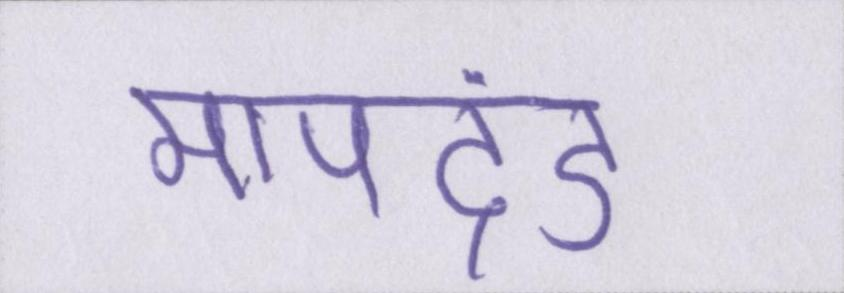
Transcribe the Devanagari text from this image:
मापदंड